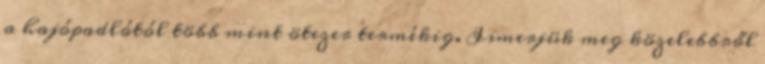
a hajópadlótól több mint ötezer termékig. Ismerjük meg közelebbről